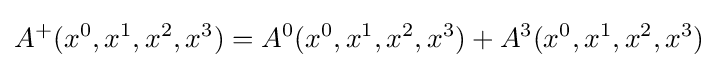
A^{+}(x^{0},x^{1},x^{2},x^{3})=A^{0}(x^{0},x^{1},x^{2},x^{3})+A^{3}(x^{0},x^{1},x^{2},x^{3})